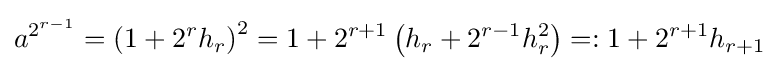
a^{2^{r-1}}=\left(1+2^{r}h_{r}\right)^{2}=1+2^{r+1}\left(h_{r}+2^{r-1}h_{r}^{2}\right)=:1+2^{r+1}h_{r+1}